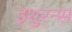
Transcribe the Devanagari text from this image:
इशुरन्स